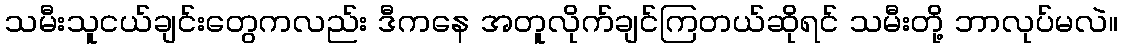
သမီးသူငယ်ချင်းတွေကလည်း ဒီကနေ အတူလိုက်ချင်ကြတယ်ဆိုရင် သမီးတို့ ဘာလုပ်မလဲ။